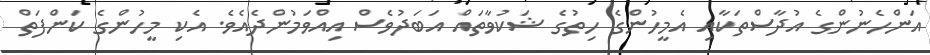
އަންހެނުންގެ އުދާސްތަކާއި އެމީހުންގެ ހިތުގެ ޝަކުވާތައް އަބަދުވެސް އިއްވަމުންދެއެވެ. އެކި މީހުންގެ ކަންފަތް